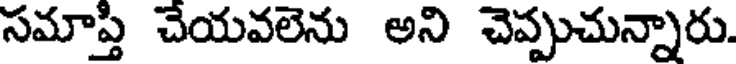
సమాప్తి చేయవలెను అని చెప్పుచున్నారు.